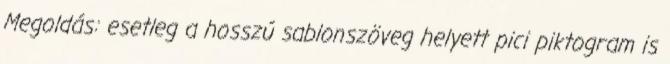
Megoldás: esetleg a hosszú sablonszöveg helyett pici piktogram is